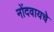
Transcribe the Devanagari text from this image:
नोंदवायचेे